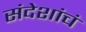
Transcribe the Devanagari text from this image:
संदेशांचं